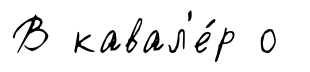
В кавал'е́р о